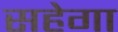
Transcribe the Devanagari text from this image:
सहेगा